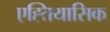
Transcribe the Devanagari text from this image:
एह्तियासिक